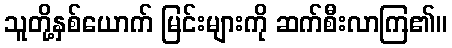
သူတို့နှစ်ယောက် မြင်းများကို ဆက်စီးလာကြ၏။